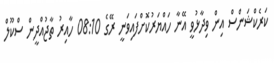
ކަރެކްޝަންސް އިން ވިދާޅުވީ އޭނާ ހައްޔަރުކޮށްފައިވަނީ ރޭގެ 08:10 ހާއިރު ތާޖުއްދީން ސްކޫލް